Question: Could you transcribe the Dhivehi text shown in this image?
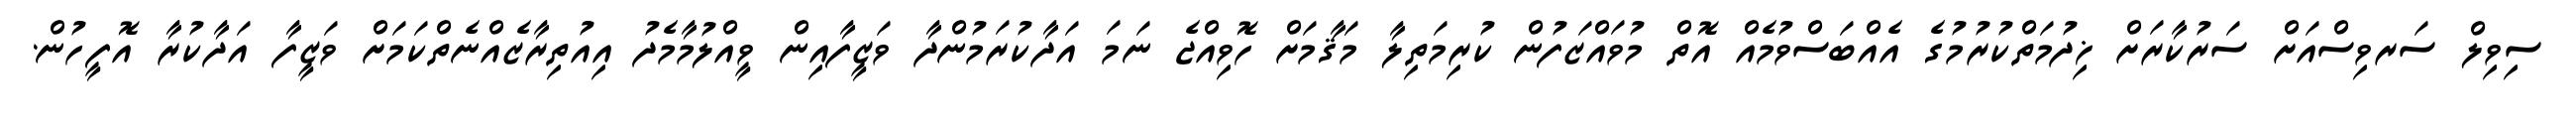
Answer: ސިވިލް ސަރވިސްއަށް ސަރުކާރަށް ޚިދުމަތްކުރުމުގެ އެއްބަސްވުމެއް އޮތް މުވައްޒަފުން ކުރިމަތިލާ މަޤާމަށް ހޮވިއްޖެ ނަމަ އަދާކުރަމުންދާ ވަޒީފާއިން ވީއްލުމާމެދު އިއުތިރާޒެއްނެތްކަމަށް ވަޒީފާ އަދާކުރާ އޮފީހުން.